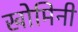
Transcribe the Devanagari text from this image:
खोमिनी